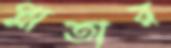
প্লাতার